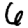
Digit: 6